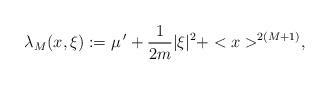
LaTeX: \begin{align*} \lambda_{M}(x,\xi) := \mu\,' + \frac{1}{2m}|\xi|^2 + <x>^{2(M+1)}, \end{align*}